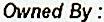
OWNED BY :